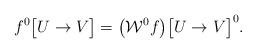
LaTeX: \begin{align*}f^0\big[U\to V\big] = \big(\mathcal{W}^0 f\big)\big[U\to V\big]^0.\end{align*}